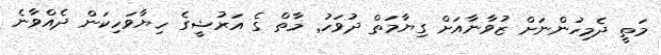
މަތީ ދެމިހުންނަށް ޒުވާނާއަށް ގިޔާމަތް ދުވަހު